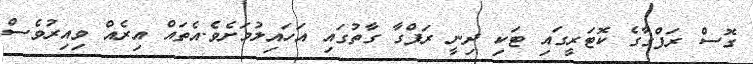
ގޮސް ރަފްގާގެ ކޮޓަރީގައި ޓަކި ދިނީ ރަފްގާ ގާތުގައި އަހައިލުމަށެވެ.އެތައް އިރެއް ވިއިރުވެސް